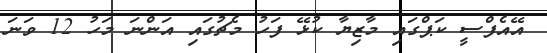
އޭއެފްސީ ކަޕްގައި މާޒިޔާ ކުޅޭ ފަހު މެޗުގައި އަންނަ މަހު 12 ވަނަ